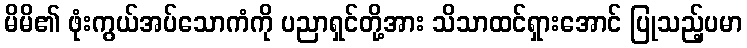
မိမိ၏ ဖုံးကွယ်အပ်သောကံကို ပညာရှင်တို့အား သိသာထင်ရှားအောင် ပြုသည့်ပမာ